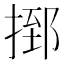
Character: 𢰗